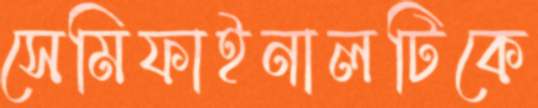
সেমিফাইনালটিকে